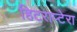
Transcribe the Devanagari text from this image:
हिटराप्टेरा